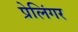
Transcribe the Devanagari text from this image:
प्रेलिंगर